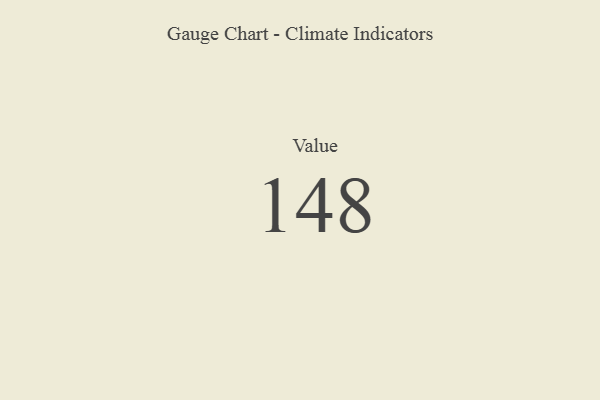
{"axis": {"x": "Metric", "y": "Value"}, "legend": [""], "data": [{"x": "Value", "y": 148, "type": ""}]}